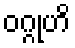
ဝဂ္ဂုဟိ